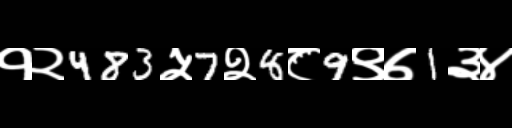
Text: १२483५7२8८9९७1३४